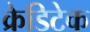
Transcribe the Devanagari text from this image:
क्रेडिटेक